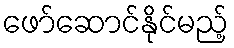
ဖော်ဆောင်နိုင်မည့်